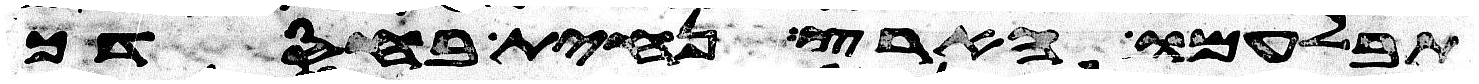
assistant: תבלעמו הארץ נחית בחסדך